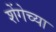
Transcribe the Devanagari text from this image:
शेंगेच्या